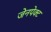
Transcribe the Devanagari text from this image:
जेनपेक्ट